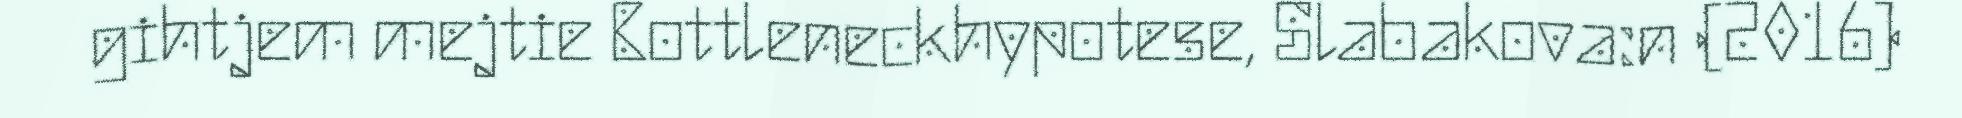
gihtjem mejtie Bottleneckhypotese, Slabakova:n (2016)